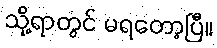
သို့ရာတွင် မရတော့ပြီ။